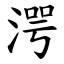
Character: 湂